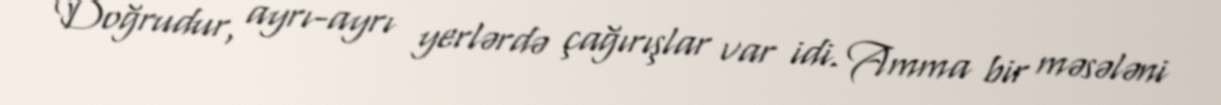
Doğrudur, ayrı-ayrı yerlərdə çağırışlar var idi. Amma bir məsələni